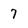
Character: 7